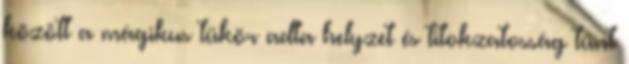
között a mágikus tükör adta helyzet és titokzatosság tűnt